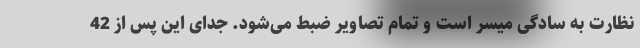
نظارت به سادگی میسر است و تمام تصاویر ضبط می‌شود. جدای این پس از 42